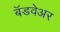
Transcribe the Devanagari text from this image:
बॅडवेअर